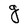
Character: g